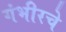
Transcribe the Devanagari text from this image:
गंभीरचे